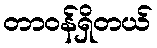
တာဝန်ရှိတယ်